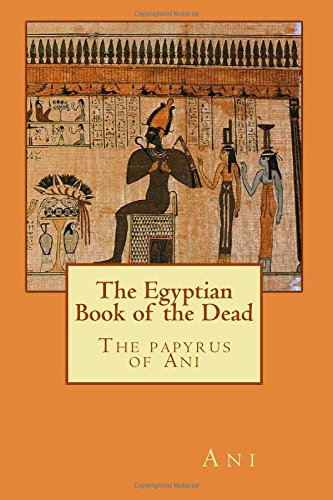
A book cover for The Egyptian Book of the Dead: The papyrus of Ani; Ani; Religion & Spirituality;